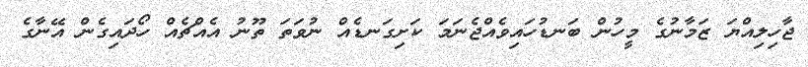
ޖާހިލިއްޔަ ޒަމާނުގެ މީހުން ބަނޑުހައިވެއްޖެނަމަ ކަށިގަނޑެއް ނުވަތަ ތޫނު އެއްޗެއް ހޯދައިގެން އޭނާގެ